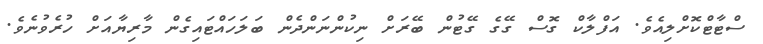
ސްޓާޓްކޮށްލިއެވެ. އަފްލާކް ގޮސް ގޭގެ ގޭޓުން ބޭރަށް ނިކުންނަންދެން ބަލަހައްޓައިގެން މާރިޔާއަށް ހުރެވުނެވެ.